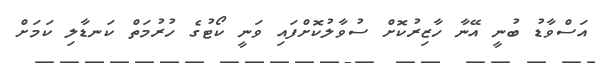
އަސްވާޑު ބުނީ އޭނާ ހާޒިރުކޮށް ސުވާލުކޮށްފައި ވަނީ ކޯޓުގެ ހުރުމަތް ކަނޑާލި ކަމަށް